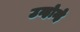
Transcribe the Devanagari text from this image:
उन्होन्हे